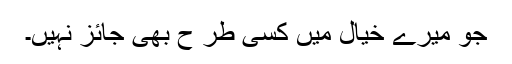
جو میرے خیال میں کسی طر ح بھی جائز نہیں۔